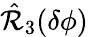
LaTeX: \hat{\mathcal{R}}_{3}(\delta\phi)